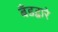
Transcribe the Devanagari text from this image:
बँडद्वारे